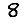
Digit: 8